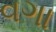
વગા